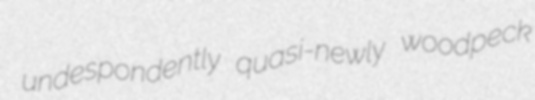
undespondently quasi-newly woodpeck